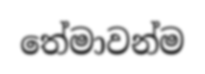
තේමාවන්ම